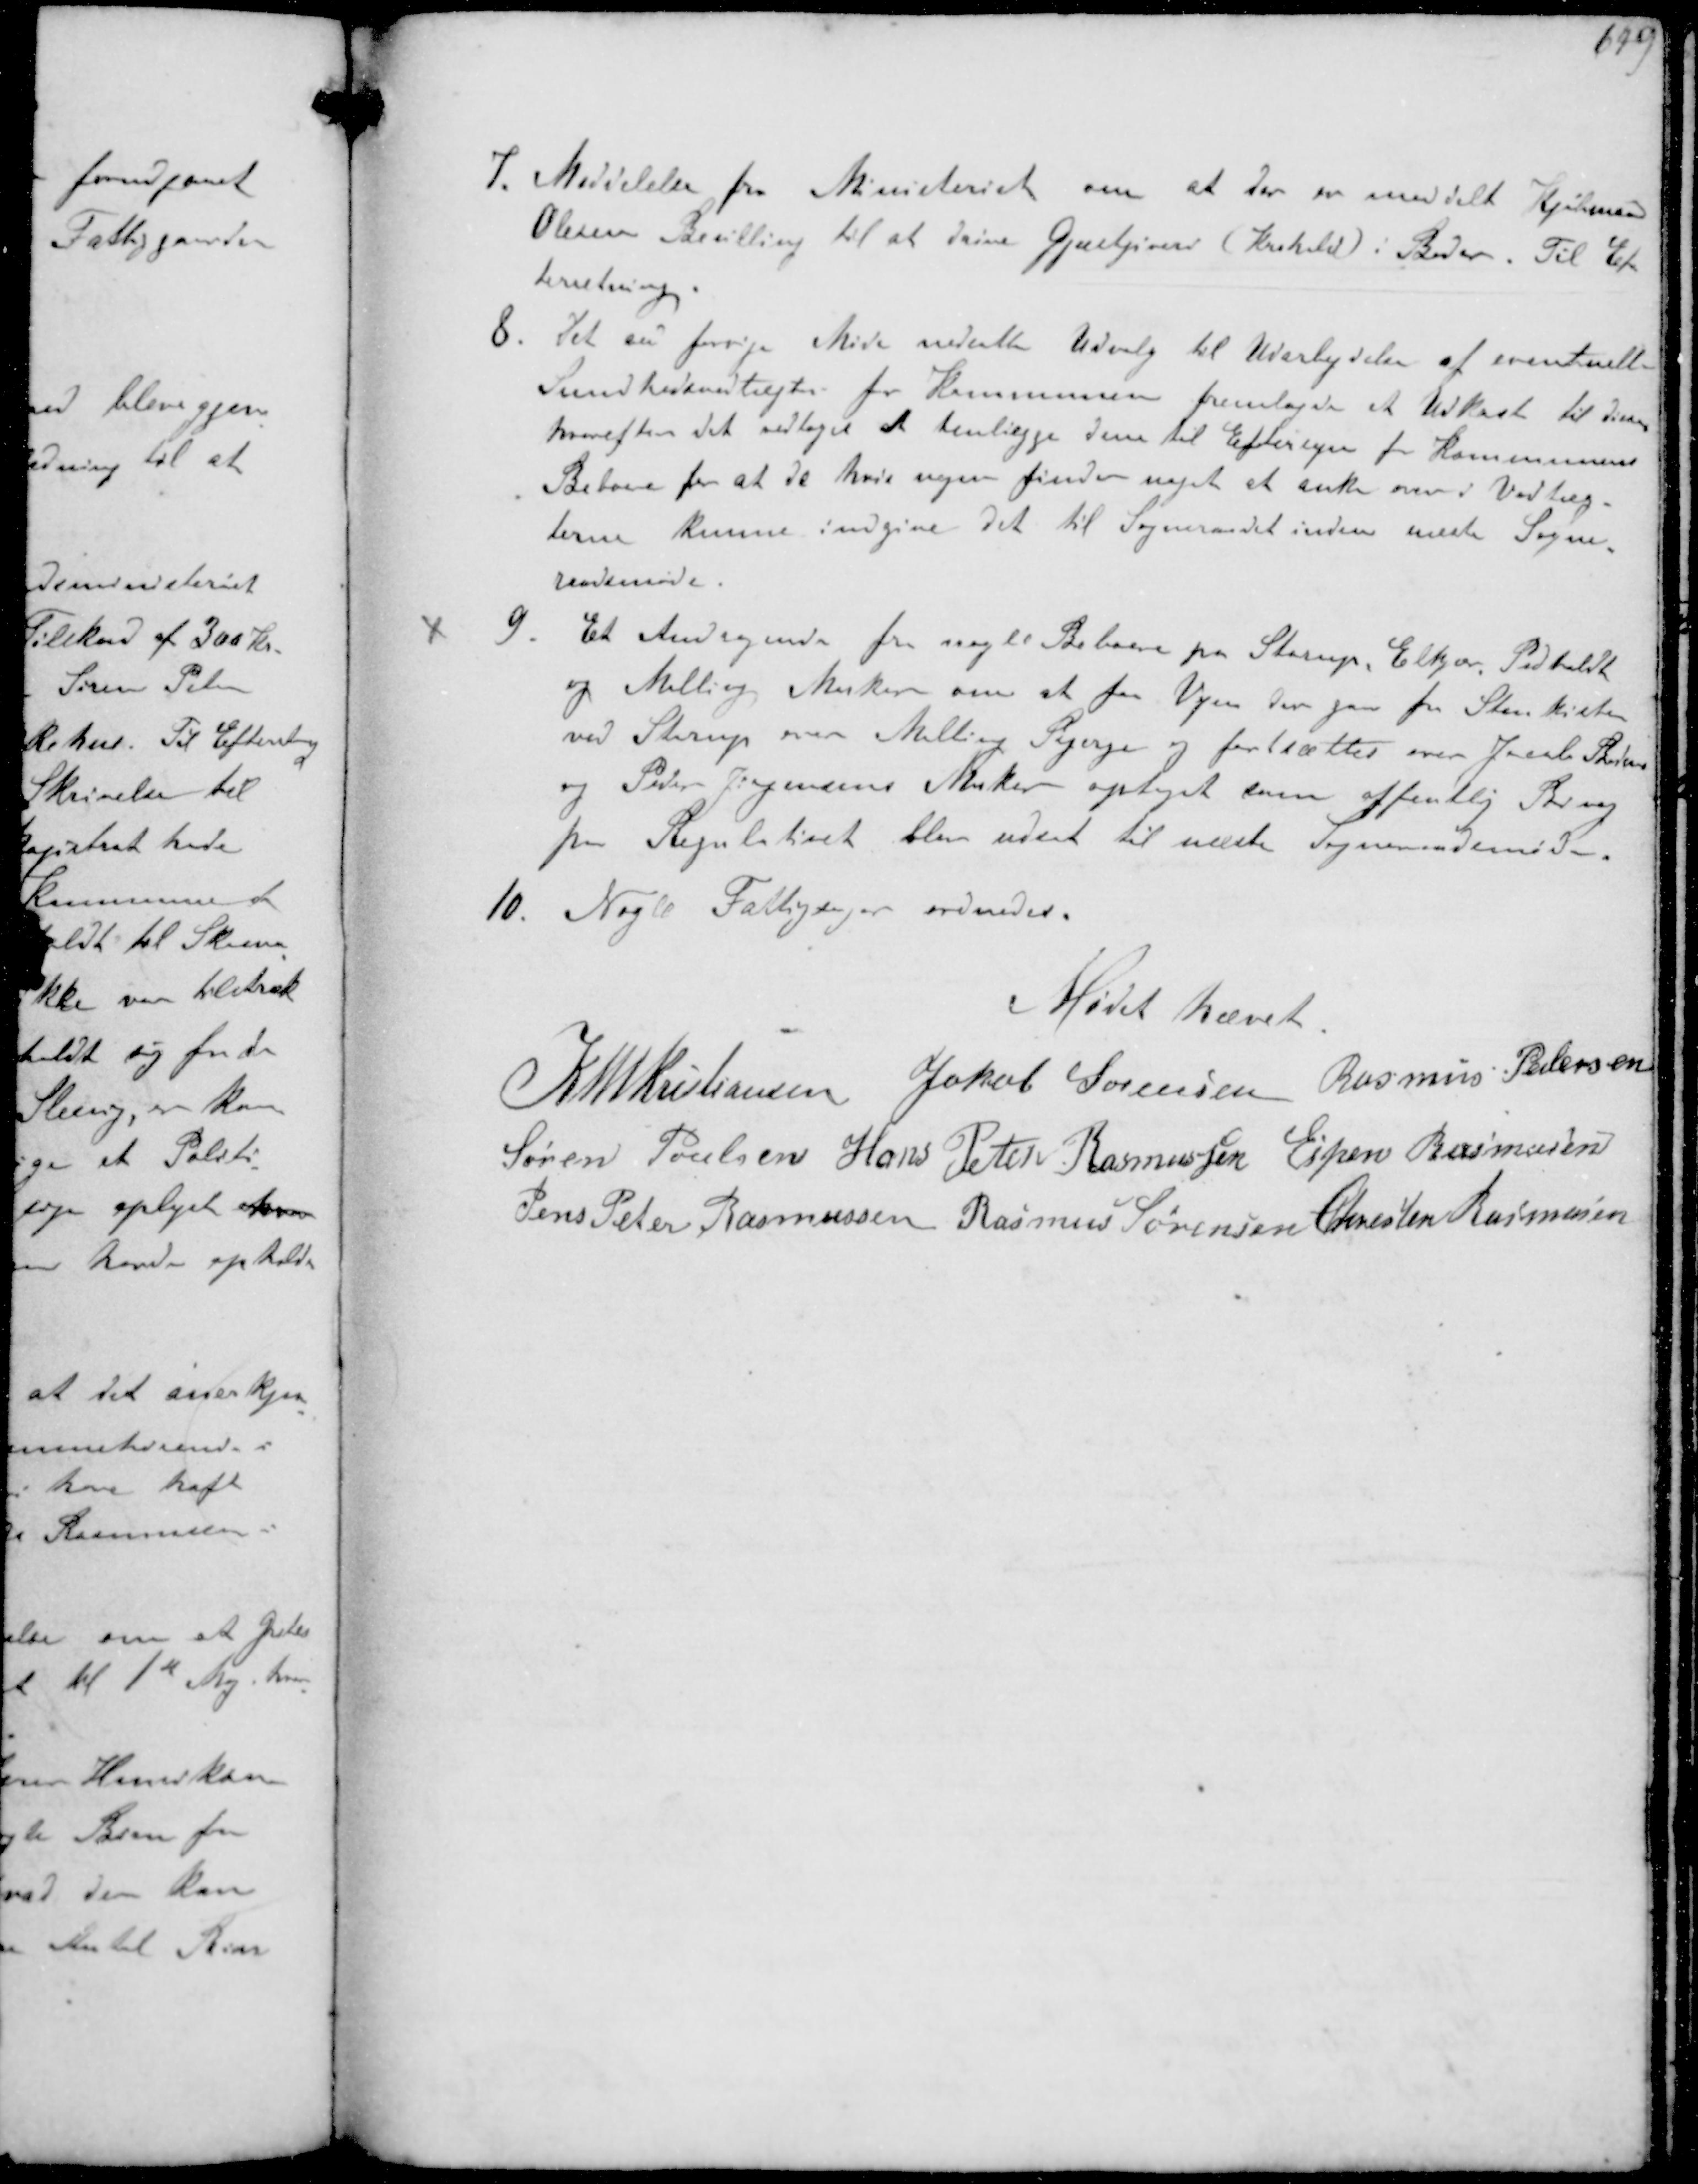
Transskription:
7. Meddelelse fra Ministeriet om at der er meddelt Kjøbmand
Olesen Bevilling til at drive Gæstgiver (Krohold) i Beder. Til Ef-
terretning
8. Det i forrige Møde nedsatte Udvalg til Udarbejdelse af eventuelle
Sundhedsvedtægter for Kommunen fremlagde et Udkast til disse
hvorefter det vedtoges at henlægge dem til Eftersyn for Kommunens
Beboere for at de hvis nogen finder noget at anke over i Vedtæg-
terne kunne indgive det til Sogneraadet inden næste Sogne-
raadsmøde.
9.
Et Andragende fra nogle Beboere fra Starup, Elkjær, Pedholdt
og Malling Marker om at faa Vejen der gaar fra Stenkisten
ved Starup over Malling Bjerge og fortsætter over Jacob Sørensen
og Peder Jørgensens Marker optaget som offentlig Bivej
paa Regulativet blev udsat til næste Sogneraadsmøde
10. Nogle Fattigsager ordnedes.
Mødet hævet
K N M Kristiansen Jakob Sørensen Rasmus Pedersen
Søren Poulsen Hans Peter Rasmussen Espen Rasmussen
Jens Peter Rasmussen Rasmus Sørensen Chresten Rasmussen